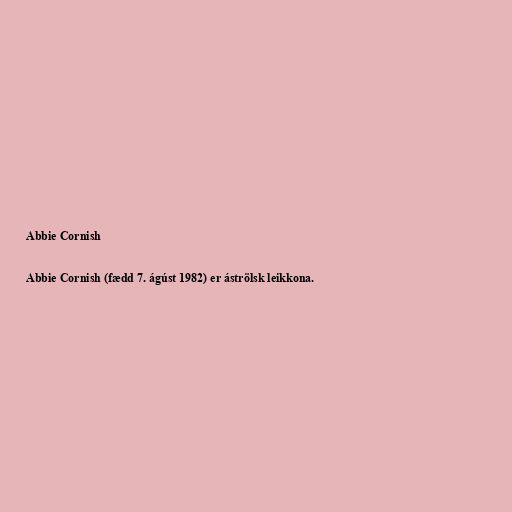
Abbie Cornish

Abbie Cornish (fædd 7. ágúst 1982) er áströlsk leikkona.